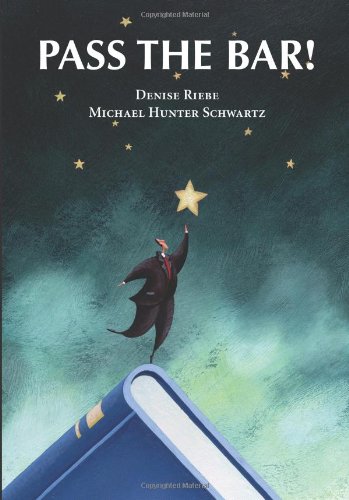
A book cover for Pass the Bar!; Denise Riebe; Test Preparation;